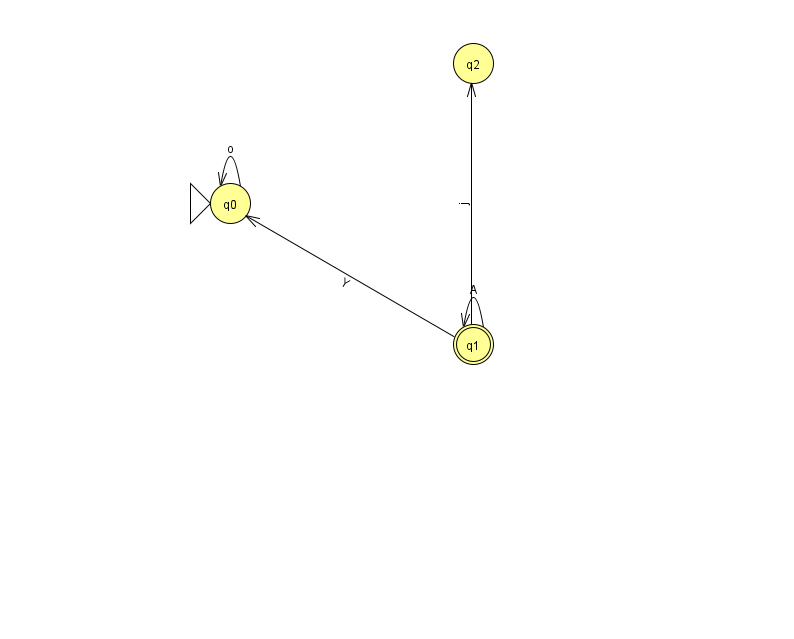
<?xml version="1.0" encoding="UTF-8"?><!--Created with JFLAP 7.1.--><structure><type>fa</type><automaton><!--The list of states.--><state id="0" name="q0"><x>230.0</x><y>190.0</y><initial/></state><state id="1" name="q1"><x>473.0</x><y>331.0</y><final/></state><state id="2" name="q2"><x>473.0</x><y>50.0</y></state><!--The list of transitions.--><transition><from>1</from><to>1</to><read>A</read></transition><transition><from>1</from><to>0</to><read>Y</read></transition><transition><from>1</from><to>2</to><read>j</read></transition><transition><from>0</from><to>0</to><read>o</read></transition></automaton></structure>